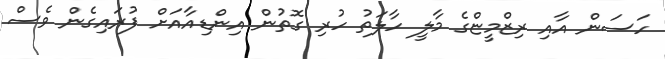
ހަސަން އާއި ރިޒްމީޏްގެ މާލީ ހާލަތު ހުރި ގޮތުން އިންޑިއާއަށް ފުރައިގެން ވެސް